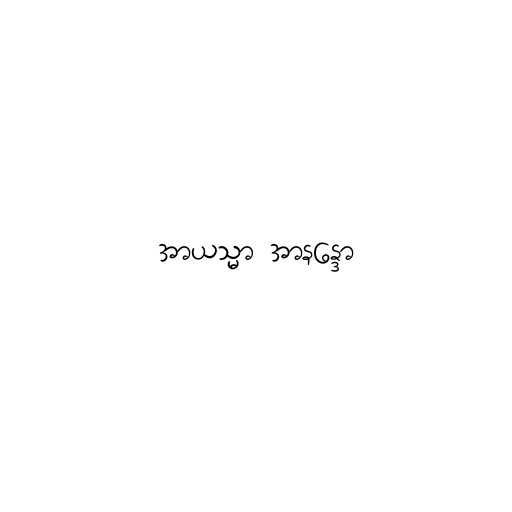
အာယသ္မာ အာနန္ဒော